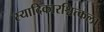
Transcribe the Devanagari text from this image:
स्यादिकारश्चित्कला